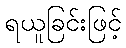
ရယူခြင်းဖြင့်